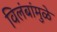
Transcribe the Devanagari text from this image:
विलंबांमुळे